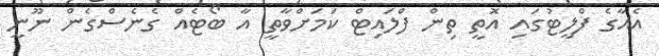
އެއާގެ ފްލީޓުގައި އޮތީ ތިން ފްލައިޓް ކަމަށްވާތީ އާ ބޯޓެއް ގެނެސްގެން ނޫނީ